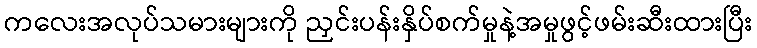
ကလေးအလုပ်သမားများကို ညှင်းပန်းနှိပ်စက်မှုနဲ့အမှုဖွင့်ဖမ်းဆီးထားပြီး